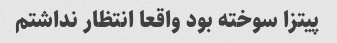
پیتزا سوخته بود واقعا انتظار نداشتم